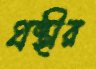
গ্রন্থীর